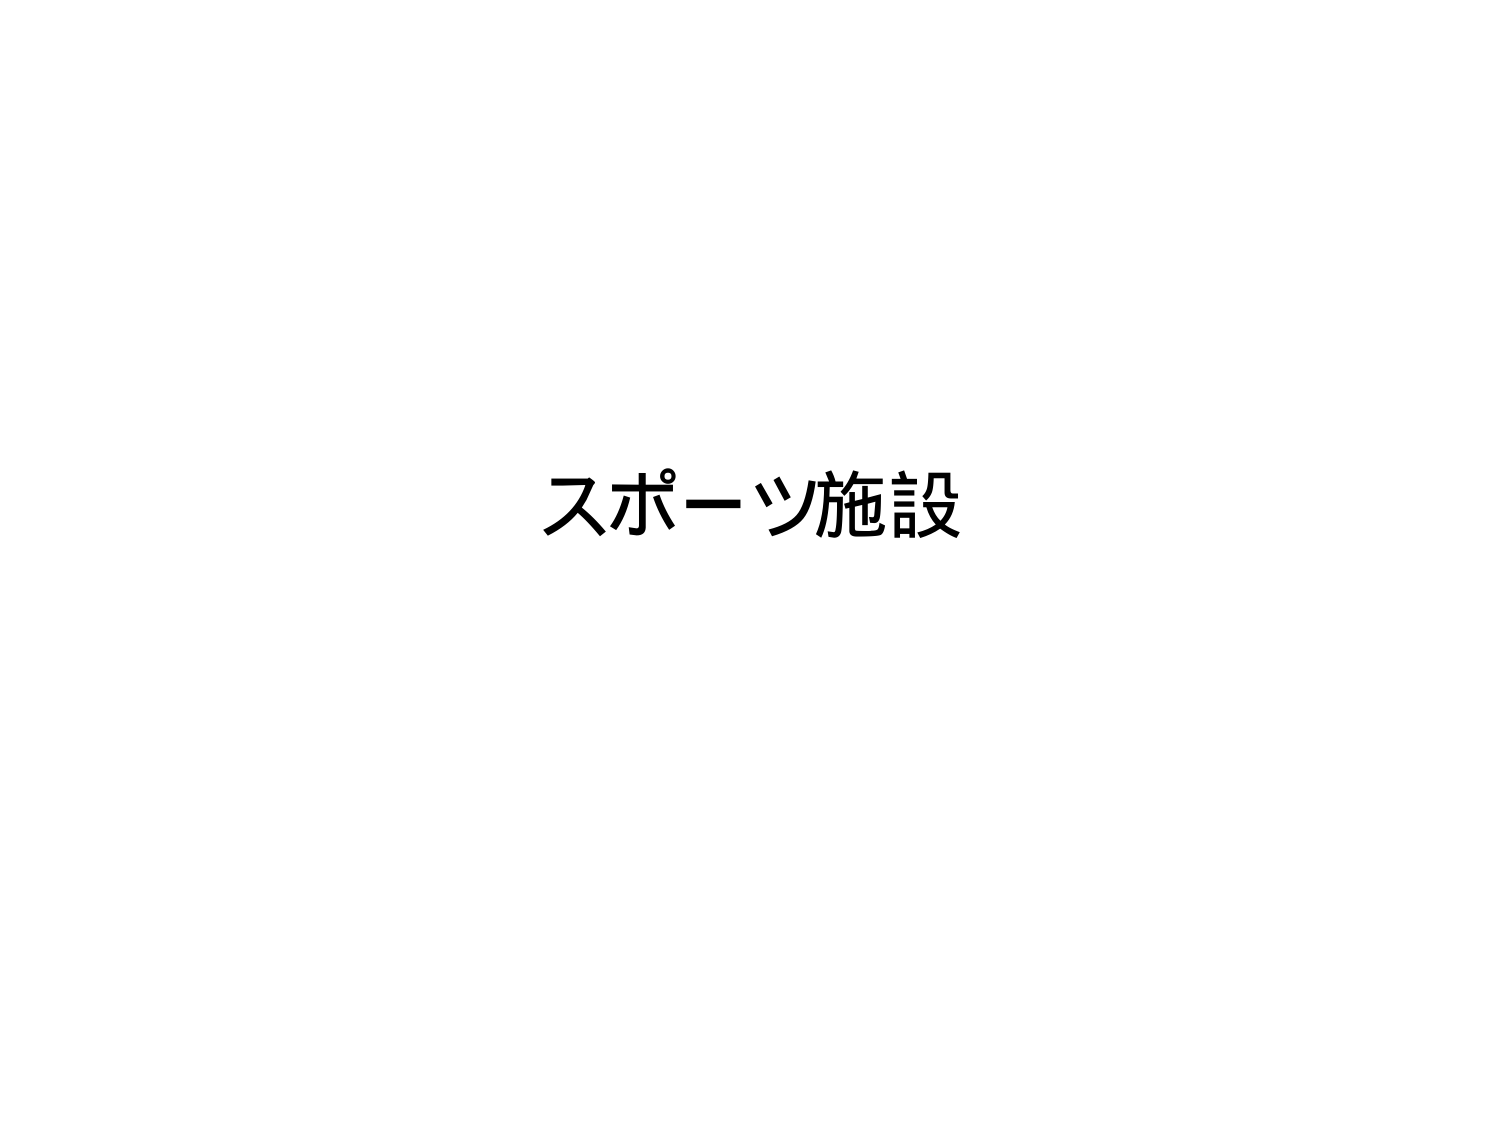
スポーツ施設